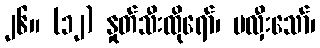
၂၆။ (၁၂) နှုတ်သီးထိုရော်၊ မလှီးသော်၊